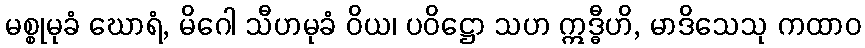
မစ္စုမုခံ ဃောရံ, မိဂေါ သီဟမုခံ ဝိယ၊ ပဝိဋ္ဌော သဟ ဣဒ္ဓီဟိ, မာဒိသေသု ကထာဝ